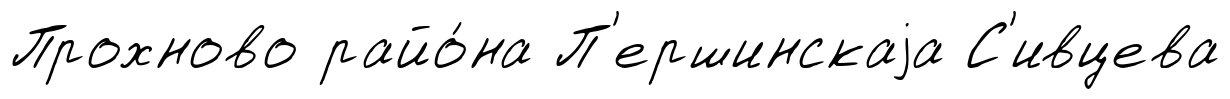
Прохново райо́на П'ершинскаjа С'ивцева